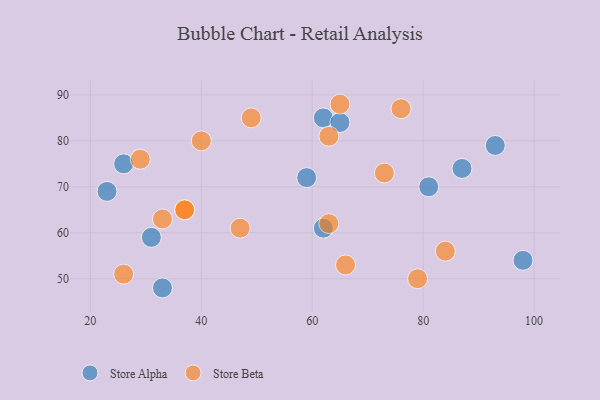
{"axis": {"x": "GDP", "y": "Life Expectancy"}, "legend": ["Store Alpha", "Store Beta"], "data": [{"x": "23", "y": 69, "type": "Store Alpha"}, {"x": "31", "y": 59, "type": "Store Alpha"}, {"x": "59", "y": 72, "type": "Store Alpha"}, {"x": "87", "y": 74, "type": "Store Alpha"}, {"x": "62", "y": 61, "type": "Store Alpha"}, {"x": "98", "y": 54, "type": "Store Alpha"}, {"x": "62", "y": 85, "type": "Store Alpha"}, {"x": "65", "y": 84, "type": "Store Alpha"}, {"x": "81", "y": 70, "type": "Store Alpha"}, {"x": "93", "y": 79, "type": "Store Alpha"}, {"x": "26", "y": 75, "type": "Store Alpha"}, {"x": "33", "y": 48, "type": "Store Alpha"}, {"x": "47", "y": 61, "type": "Store Beta"}, {"x": "79", "y": 50, "type": "Store Beta"}, {"x": "63", "y": 62, "type": "Store Beta"}, {"x": "76", "y": 87, "type": "Store Beta"}, {"x": "37", "y": 65, "type": "Store Beta"}, {"x": "29", "y": 76, "type": "Store Beta"}, {"x": "73", "y": 73, "type": "Store Beta"}, {"x": "66", "y": 53, "type": "Store Beta"}, {"x": "40", "y": 80, "type": "Store Beta"}, {"x": "65", "y": 88, "type": "Store Beta"}, {"x": "63", "y": 81, "type": "Store Beta"}, {"x": "26", "y": 51, "type": "Store Beta"}, {"x": "33", "y": 63, "type": "Store Beta"}, {"x": "37", "y": 65, "type": "Store Beta"}, {"x": "49", "y": 85, "type": "Store Beta"}, {"x": "84", "y": 56, "type": "Store Beta"}]}